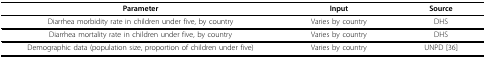
<table><thead><tr><td><b>Parameter</b></td><td><b>Input</b></td><td><b>Source</b></td></tr></thead><tbody><tr><td>Diarrhea morbidity rate in children under five, by country</td><td>Varies by country</td><td>DHS</td></tr><tr><td>Diarrhea mortality rate in children under five, by country</td><td>Varies by country</td><td>DHS</td></tr><tr><td>Demographic data (population size, proportion of children under five)</td><td>Varies by country</td><td>UNPD [36]</td></tr></tbody></table>